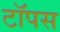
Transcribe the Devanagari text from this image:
टॉपस